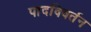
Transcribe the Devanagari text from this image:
पादविवर्तन